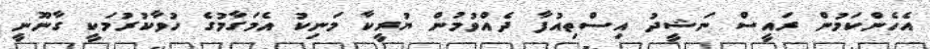
އެހެންކަމުން ރައީސް ނަޝީދު އިސްތިއުފާ ދެއްވުމުން ޔުރީކާ މަނިކު އެމަގާމުގެ ހުވާކުރުމަކީ ގާނޫނީ